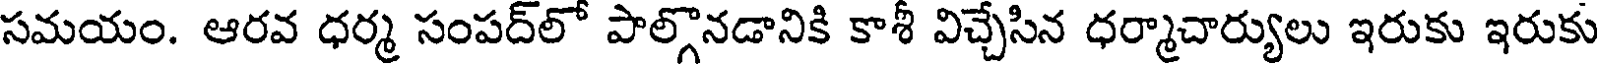
సమయం. ఆరవ ధర్మ సంపద్లో పాల్గొనడానికి కాశీ విచ్చేసిన ధర్మాచార్యులు ఇరుకు ఇరుకు